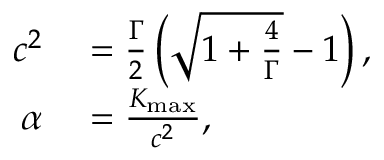
\begin{array} { r l } { c ^ { 2 } } & { { } = \frac { \Gamma } { 2 } \left( \sqrt { 1 + \frac { 4 } { \Gamma } } - 1 \right) , } \\ { \alpha } & { { } = \frac { K _ { \operatorname* { m a x } } } { c ^ { 2 } } , } \end{array}